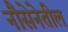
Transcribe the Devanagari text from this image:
नौसेनेतील